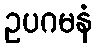
ဥပဂမနံ